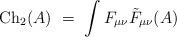
LaTeX: \begin{align*}{\rm Ch}_2(A) \ = \ \int F_{\mu\nu} {\tilde F}_{\mu\nu}(A)\end{align*}